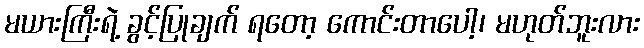
မယားကြီးရဲ့ ခွင့်ပြုချက် ရတော့ ကောင်းတာပေါ့၊ မဟုတ်ဘူးလား